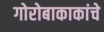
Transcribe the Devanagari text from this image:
गोरोबाकाकांचे